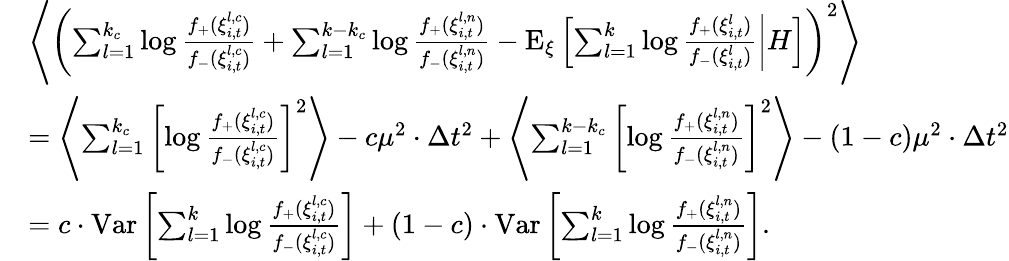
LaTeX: \begin{array}{rl}&{\left\langle\left(\sum_{l=1}^{k_{c}}\log\frac{f_{+}(\xi_{i,t}^{l,c})}{f_{-}(\xi_{i,t}^{l,c})}+\sum_{l=1}^{k-k_{c}}\log\frac{f_{+}(\xi_{i,t}^{l,n})}{f_{-}(\xi_{i,t}^{l,n})}-\mathrm{E}_{\xi}\left[\left.\sum_{l=1}^{k}\log\frac{f_{+}(\xi_{i,t}^{l})}{f_{-}(\xi_{i,t}^{l})}\right|H\right]\right)^{2}\right\rangle}\\ &{=\left\langle\sum_{l=1}^{k_{c}}\left[\log\frac{f_{+}(\xi_{i,t}^{l,c})}{f_{-}(\xi_{i,t}^{l,c})}\right]^{2}\right\rangle-c\mu^{2}\cdot\Delta t^{2}+\left\langle\sum_{l=1}^{k-k_{c}}\left[\log\frac{f_{+}(\xi_{i,t}^{l,n})}{f_{-}(\xi_{i,t}^{l,n})}\right]^{2}\right\rangle-(1-c)\mu^{2}\cdot\Delta t^{2}}\\ &{=c\cdot\mathrm{Var}\left[\sum_{l=1}^{k}\log\frac{f_{+}(\xi_{i,t}^{l,c})}{f_{-}(\xi_{i,t}^{l,c})}\right]+(1-c)\cdot\mathrm{Var}\left[\sum_{l=1}^{k}\log\frac{f_{+}(\xi_{i,t}^{l,n})}{f_{-}(\xi_{i,t}^{l,n})}\right].}\end{array}